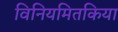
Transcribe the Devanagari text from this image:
विनियमितकिया